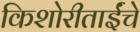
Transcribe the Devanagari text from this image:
किशोरीताईंचे